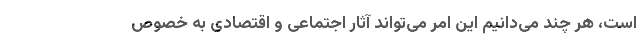
است، هر چند می‌دانیم این امر می‌تواند آثار اجتماعی و اقتصادی به خصوص